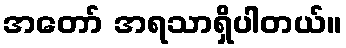
အတော် အရသာရှိပါတယ်။